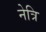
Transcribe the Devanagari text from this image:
नेत्रि